Annual report of the Punjab Veterinary College and of the Civil Veterinary Department, Punjab - 1909-1919
Year: 1909
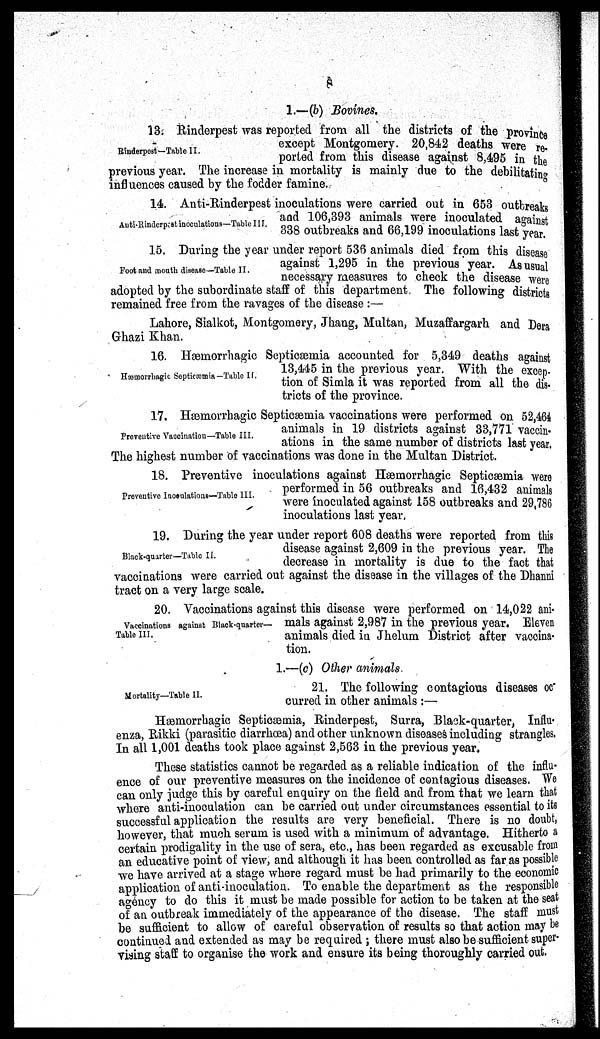
8
1.—(b) Bovines.
Rinderpest—Table II.
13. Rinderpest was reported from all the districts of the province
except Montgomery. 20,842 deaths were re-
ported from this disease against 8,495 in the
previous year. The increase in mortality is mainly due to the debilitating
influences caused by the fodder famine.
Auti-Rinderpest inoculations—Table III.
14. Anti-Rinderpest inoculations were carried out in 653 outbreaks
and 106,393 animals were inoculated against
338 outbreaks and 66,199 inoculations last year.
Foot and mouth disease—Table II.
15. During the year under report 536 animals died from this disease
against 1,295 in the previous year. As usual
necessary measures to check the disease were
adopted by the subordinate staff of this department, The following districts
remained free from the ravages of the disease :—
Lahore, Sialkot, Montgomery, Jhang, Multan, Muzaffargarh and Dera
Ghazi Khan.
Hæmorrhagic Septicæmia—Table II.
16. Hæmorrhagic Septicæmia accounted for 5,349 deaths against
13,445 in the previous year. With the excep-
tion of Simla it was reported from all the dis-
tricts of the province.
Preventive Vaccination—Table III.
17. Hæmorrhagic Septicæmia vaccinations were performed on 52,464
animals in 19 districts against 33,771 vaccin-
ations in the same number of districts last year.
The highest number of vaccinations was done in the Multan District.
Preventive Inoculations—Table III.
18. Preventive inoculations against Hæmorrhagic Septicæmia were
performed in 56 outbreaks and 16,432 animals
were inoculated against 158 outbreaks and 29,786
inoculations last year.
Black-quarter—Table II.
19. During the year under report 608 deaths were reported from this
disease against 2,609 in the previous year. The
decrease in mortality is due to the fact that
vaccinations were carried out against the disease in the villages of the Dhanni
tract on a very large scale.
Vaccinations against Black-quarter—
Table III.
20. Vaccinations against this disease were performed on 14,022 ani-
mals against 2,987 in the previous year. Eleven
animals died in Jhelum District after vaccina-
tion.
1.—(c) Other animals.
Mortality—Table II.
21. The following contagious diseases oc-
curred in other animals :—
Hæmorrbagic Septicæmia, Rinderpest, Surra, Black-quarter, Influ-
enza, Rikki (parasitic diarrhœa) and other unknown diseases including strangles,
In all 1,001 deaths took place against 2,563 in the previous year.
These statistics cannot be regarded as a reliable indication of the influ-
ence of our preventive measures on the incidence of contagious diseases. We
can only judge this by careful enquiry on the field and from that we learn that
where anti-inoculation can be carried out under circumstances essential to its
successful application the results are very beneficial. There is no doubt,
however, that much serum is used with a minimum of advantage. Hitherto a
certain prodigality in the use of sera, etc., has been regarded as excusable from
an educative point of view, and although it has been controlled as far as possible
we have arrived at a stage where regard must be had primarily to the economic
application of anti-inoculation. To enable the department as the responsible
agency to do this it must be made possible for action to be taken at the seat
of an outbreak immediately of the appearance of the disease. The staff must
be sufficient to allow of careful observation of results so that action may be
continued and extended as may be required ; there must also be sufficient super-
vising staff to organise the work and ensure its being thoroughly carried out.